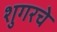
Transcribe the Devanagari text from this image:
शुगरचे